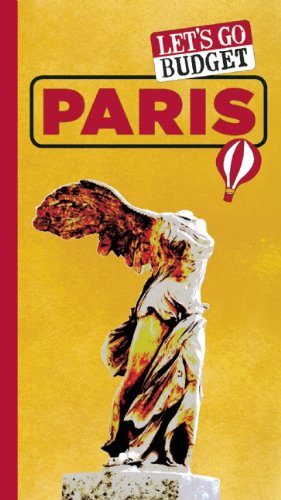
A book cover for Let's Go Budget Paris: The Student Travel Guide; Harvard Student Agencies Inc.; Travel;